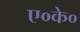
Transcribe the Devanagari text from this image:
ए०के०